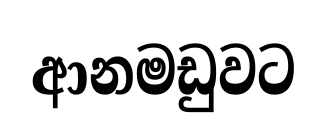
ආනමඩුවට